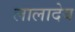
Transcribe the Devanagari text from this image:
लालादेय